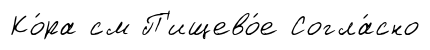
Ко́ра см П'ищево́е Согла́сно